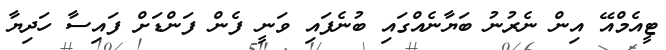
ޓީއެމްއޭ އިން ނެރުނު ބަޔާނެއްގައި ބުނެފައި ވަނީ ފެން ފަންޑަށް ފައިސާ ހަދިޔާ